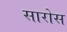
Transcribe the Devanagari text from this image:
सारोस